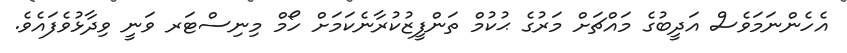
އެހެންނަމަވެސް އަދީބުގެ މައްޗަށް މަރުގެ ޙުކުމް ތަންފީޒުކުރާނެކަމަށް ހޯމް މިނިސްޓަރ ވަނީ ވިދާޅުވެފައެވެ.